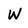
Character: W